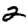
Digit: 2